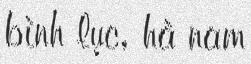
bình lục, hà nam